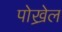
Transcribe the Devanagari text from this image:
पोख्रेल